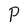
Character: P